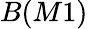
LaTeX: B(M1)